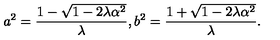
a ^ { 2 } = \frac { 1 - \sqrt { 1 - 2 \lambda \alpha ^ { 2 } } } { \lambda } , b ^ { 2 } = \frac { 1 + \sqrt { 1 - 2 \lambda \alpha ^ { 2 } } } { \lambda } .